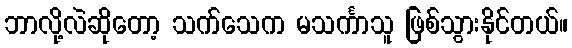
ဘာလို့လဲဆိုတော့ သက်သေက မသင်္ကာသူ ဖြစ်သွားနိုင်တယ်။